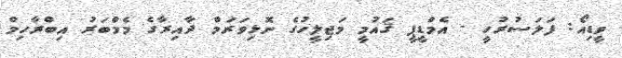
ވީޑިއޯ: ފަލަސުރުހީ - އެމްޑީޕީ ޤައުމީ މަޖިލީހުގެ ނޮޅިވަރަމް ދާއިރާގެ މެމްބަރު އިބްރާހިމް